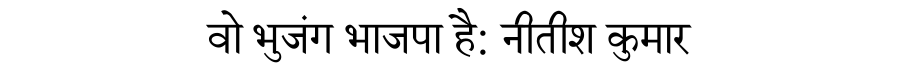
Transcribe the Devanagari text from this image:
वो भुजंग भाजपा है: नीतीश कुमार